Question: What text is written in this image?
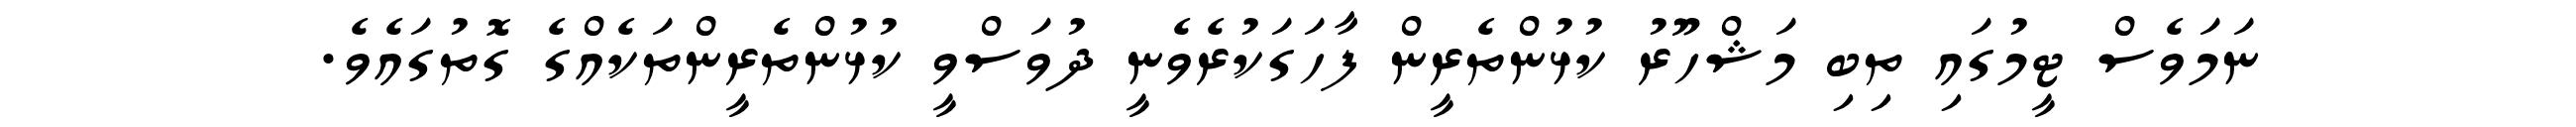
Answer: ނަމަވެސް ޓީމުގައި ތިބި މަޝްހޫރު ކުޅުންތެރީން ފާހަގަކުރެވެނީ ދުވަސްވީ ކުޅުންތެރީންތަކެއްގެ ގޮތުގައެވެ.